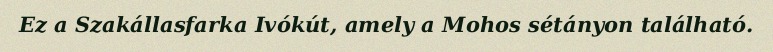
Ez a Szakállasfarka Ivókút, amely a Mohos sétányon található.